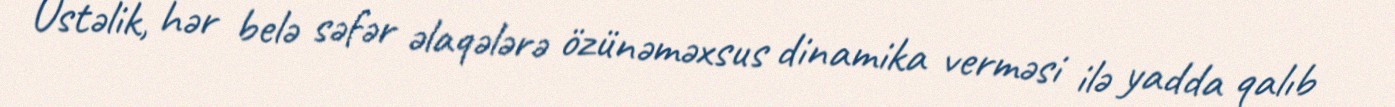
Üstəlik, hər belə səfər əlaqələrə özünəməxsus dinamika verməsi ilə yadda qalıb